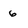
Character: 6